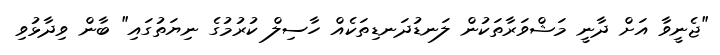
"ޖެނީވާ އަށް ދާނީ މަޝްވަރާތަކުން ލަނޑުދަނޑިތަކެއް ހާސިލް ކުރުމުގެ ނިޔަތުގައި" ބާން ވިދާޅުވި